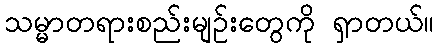
သမ္မာတရားစည်းမျဉ်းတွေကို ရှာတယ်။